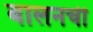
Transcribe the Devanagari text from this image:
बालनची